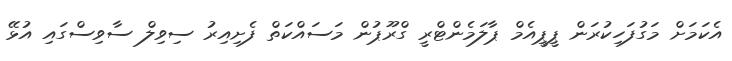
އެކަމަށް މަގުފަހިކުރަން ޕީޕީއެމް ޕާލަމެންޓްރީ ގްރޫޕުން މަސައްކަތް ފެށިއިރު ސިވިލް ސާވިސްގައި އުޅޭ